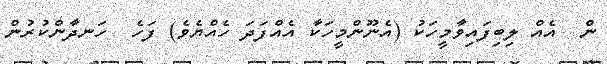
ން  އެއް ލިބިފައިވާމީހަކު (އެނޫންމީހަކާ އެއްފަދަ ހެއްޔެވެ) ފަހެ  ހަނދާންކުރުން